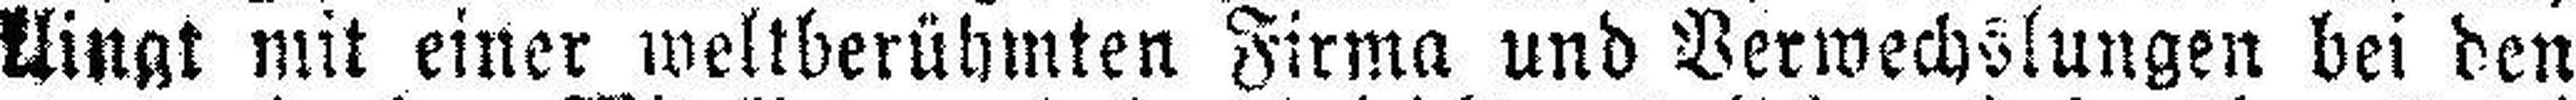
klingt mit einer weltberühmten Firma und Verwechslungen bei den